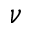
\nu